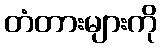
တံတားများကို